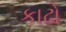
કાઢો